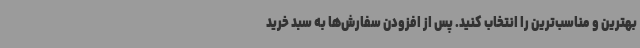
بهترین و مناسب‌ترین را انتخاب کنید. پس از افزودن سفارش‌ها به سبد خرید